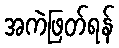
အကဲဖြတ်ရန်